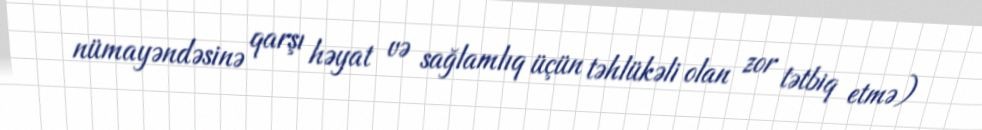
nümayəndəsinə qarşı həyat və sağlamlıq üçün təhlükəli olan zor tətbiq etmə)